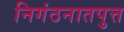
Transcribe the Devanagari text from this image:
निगंठनातपुत्त